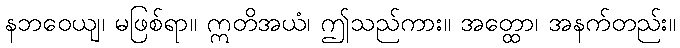
နဘဝေယျ၊ မဖြစ်ရာ။ ဣတိအယံ၊ ဤသည်ကား။ အတ္ထော၊ အနက်တည်း။